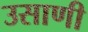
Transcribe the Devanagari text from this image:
उसाणी